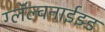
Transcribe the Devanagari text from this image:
ग्लॅल्वनाईझ्ड